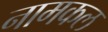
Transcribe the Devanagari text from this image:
नामकल